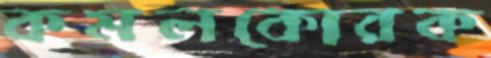
কমলকোরক